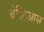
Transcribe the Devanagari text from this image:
बेस्टिआस